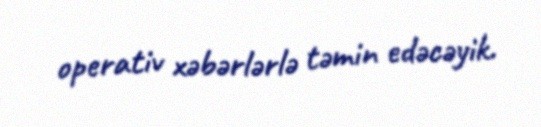
operativ xəbərlərlə təmin edəcəyik.